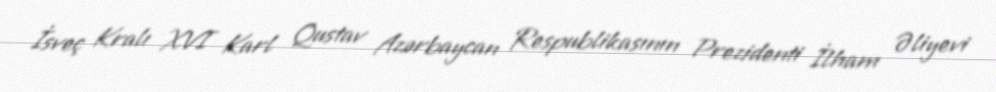
İsveç Kralı XVI Karl Qustav Azərbaycan Respublikasının Prezidenti İlham Əliyevi